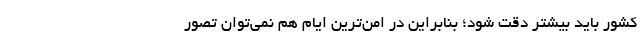
کشور باید بیشتر دقت شود؛ بنابراین در امن‌ترین ایام هم نمی‌توان تصور